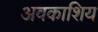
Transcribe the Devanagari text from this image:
अवकाशिय